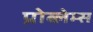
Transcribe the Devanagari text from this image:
प्रोब्लेम्स